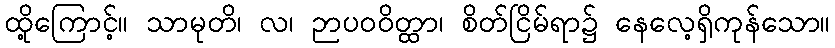
ထို့ကြောင့်။ သာမုတိ၊ လ၊ ဉာပဝဝိတ္ထာ၊ စိတ်ငြိမ်ရာ၌ နေလေ့ရှိကုန်သော။